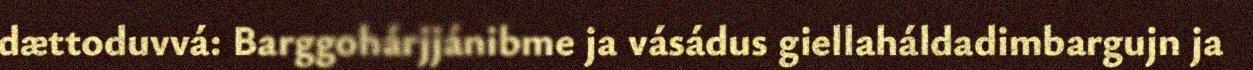
dættoduvvá: Barggohárjjánibme ja vásádus giellaháldadimbargujn ja